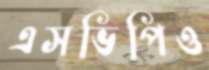
এসভিপিও